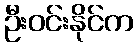
ဦးဝင်းနိုင်က